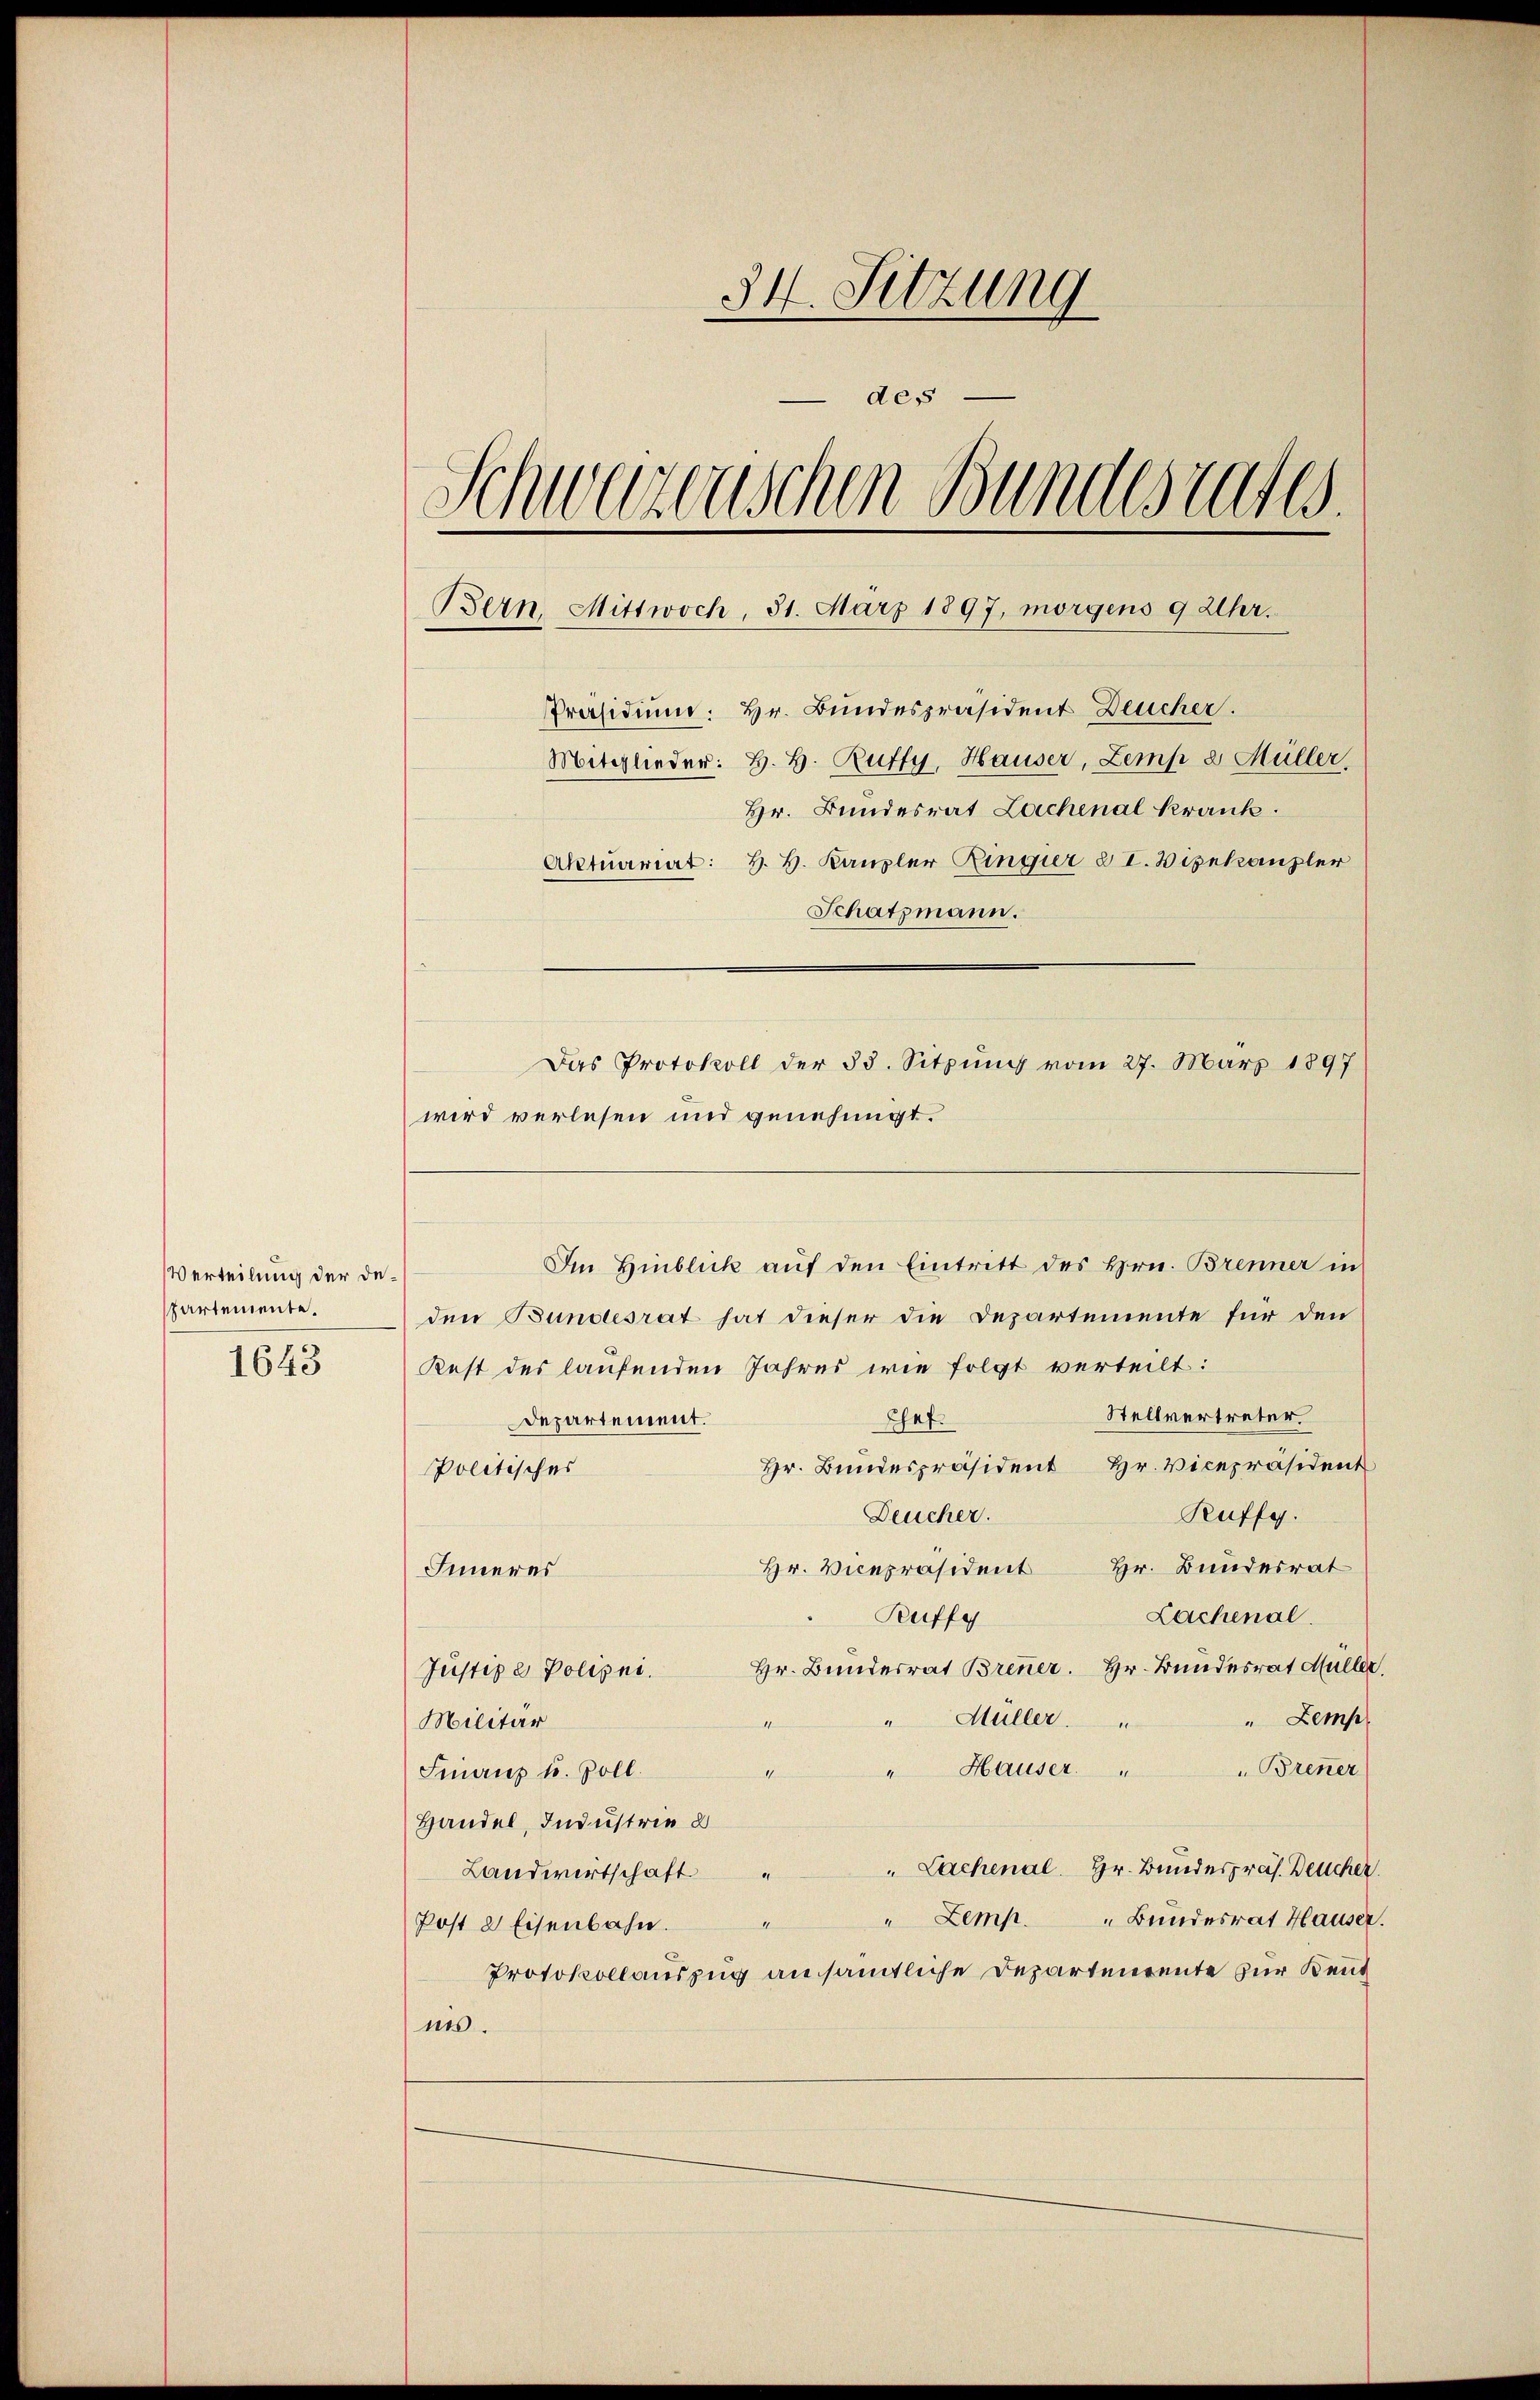
Verteilung der Departemente.
1643

34. Sitzung
des
Schweizerischen Bundesrates.
Bern, Mittwoch, 31. März 1897, morgens 9 Uhr.
Präsidium. Hr. Bundespräsident Deucher.
Mitglieder: H. H. Rutty, Hauser, Zemp e Müller.
Hr. Bundesrat Lochenal krank.
Aktuariat: H. H. Kanzler Ringier § I. Vizekanzler
Schatzmann.
Das Protokoll der 33. Sitzŭng vom 27. März 1897
wird verlesen und genehmigt.

Im Hinblick aŭf den Eintritt des Hrn. Brenner in
den Bundesrat hat dieser die Departemente für den
Kest des laufenden Jahres wie folgt verteilt:
Stellvertreter.
Chef.
Departement.
Hr. Bundespräsident Hr. Vicepräsident
Politisches
Ruffg.
Deucher.
Hr. Vicepräsident Hr. Bundesrat
Inneres
Lachenal.
Ruffy
Justiz & Polizei. Hr. Bŭndesrat Brenner. Hr. Bundesrat Müller.
Müller.
Zemp
.
Militär
" Hauser " " Brenner
n
Finanz u. Zoll.
Handel, Industrie 2
" Lachenal. Hr. Bundespräs. Deucher
Landwirtschaft
"Zemp.
Bundesrat Hauser.
Post 2 Eisenbahn.
Protokollauszug ansämtliche Departerente zur Kent
ins.